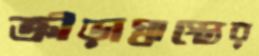
ক্রীড়াস্বাস্থ্যের